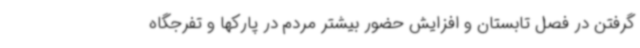
گرفتن در فصل تابستان و افزایش حضور بیشتر مردم در پارکها و تفرجگاه